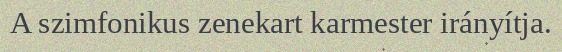
A szimfonikus zenekart karmester irányítja.